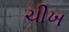
ચીખ